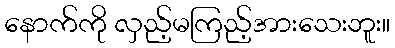
နောက်ကို လှည့်မကြည့်အားသေးဘူး။